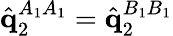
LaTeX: \hat{\mathbf{q}}_{2}^{A_{1}A_{1}}=\hat{\mathbf{q}}_{2}^{B_{1}B_{1}}